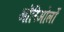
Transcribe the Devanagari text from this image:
ऑरिओलों